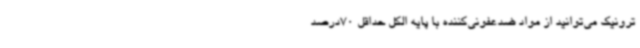
ترونیک می‌توانید از مواد ضدعفونی‌کننده با پایه الکل حداقل 70درصد